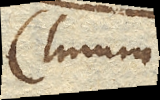
clarum